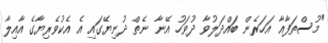
"މުސްތަފާއާ އަހަރެން ބައްދަލުވާ ދުވަހު އޭނާ ނެތް ދުނިޔޭގައި އެ އެކުވެރިޔާގެ އާއިލާ